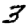
Digit: 3